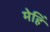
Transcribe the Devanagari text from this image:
मेहिं